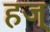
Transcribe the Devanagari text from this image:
हज्